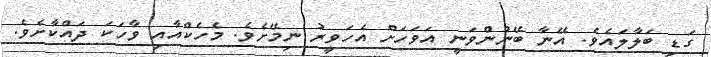
ގަޑި ބަލާލައެވެ. އޭނާ ބޭނުންވަނީ އަވަހަށް އެހަވީރު ނިމޭށެވެ. މެހެކްއާއި ވާހަކަ ދައްކާށެވެ.